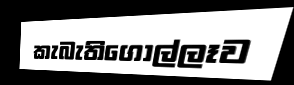
කැබැතිගොල්ලෑව